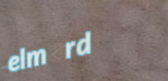
elm rd